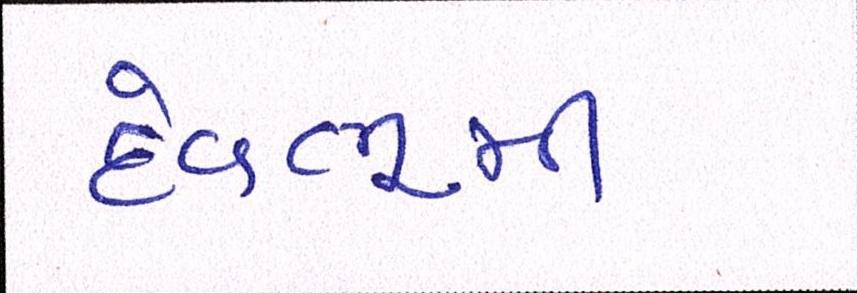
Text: દેવભુમી